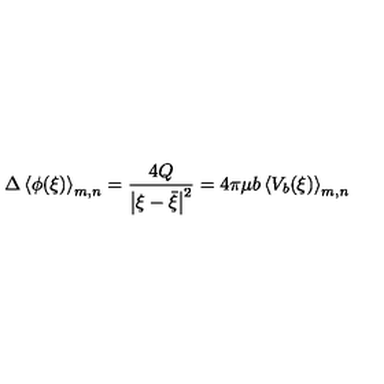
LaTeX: \Delta \left\langle \phi ( \xi ) \right\rangle _ { m , n } = \frac { 4 Q } { \left| \xi - \bar { \xi } \right| ^ { 2 } } = 4 \pi \mu b \left\langle V _ { b } ( \xi ) \right\rangle _ { m , n }